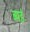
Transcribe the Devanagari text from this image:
ब्यर्ड